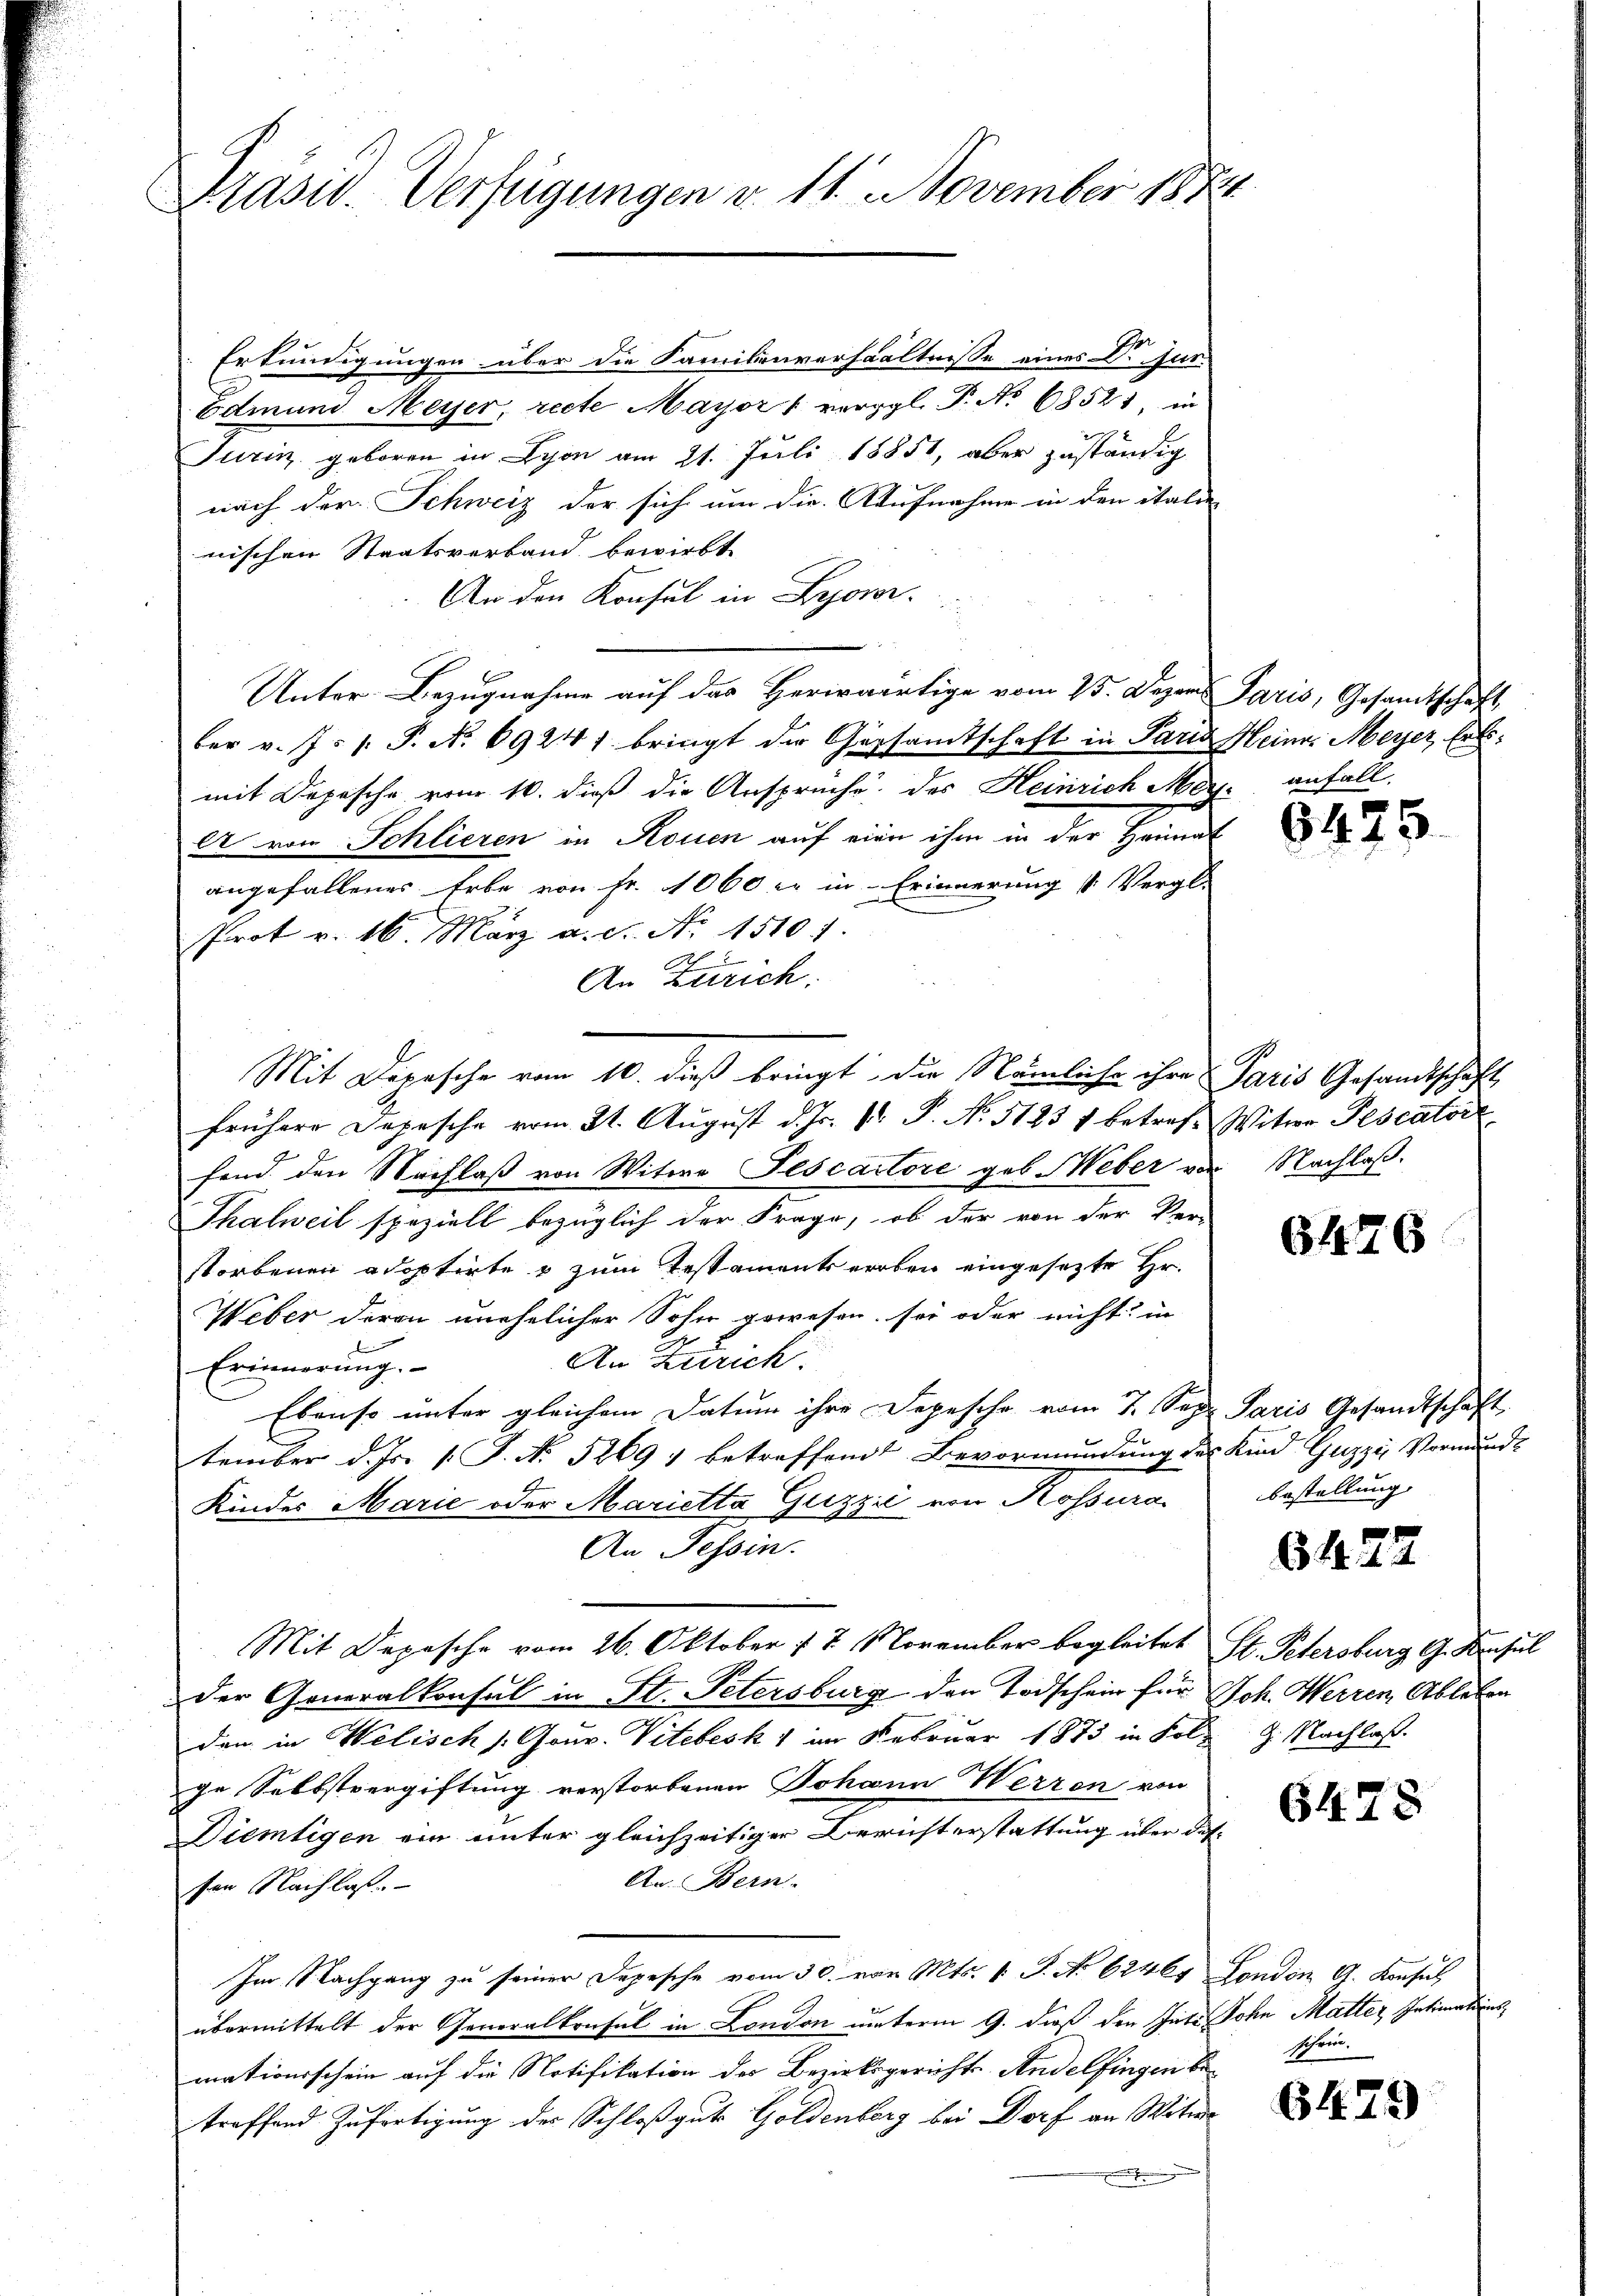
Präsid. Verfügungen d. 11. November 1874

Erkundigungen über die Familienverhältnisse eines Dr Gut-
Edmund Meyer, recte Mayor / vergl. P. No 68521, in
Turin geboren in Lyon am 21. Juli 18851, aber zuständig
nach der Schweiz der sich um die Aufnahme in den italie
nischen Staatsverband bewirkt
An den Konsul in Lyoner
Unter Bezugnahme auf das Herwärtige vom 25. Dezen Paris, Gesamtschaft,
ber v. J. 1. P. N. 69247 bringt der Gesamtschaft in Paris Heines Meyer Er
mit Depesche vom 10. dieß die Ansprüche, des Heinrich Meyl von Schlieren in Rouen auf eine ihm in der Heimat
angefallenes Erbe von Fr. 1000 l. in Erinnerung v. Vergle
Prot v. 16. März a. g. No. 15101.
An Zürich.
Mit Depesche vom 10. dieß bringt die Nämliche ihre Paris Gesandtschaft
frühere Depesche vom 21. August d. Js. pr. P. N. 5125 1 betref- Witwe Pescatore
fend den Nachlaß von Witwe Ilscactore geb. Weber von Nachlaß.
Thalweil speziell bezüglich der Frage, ob der von der Ver-
storbenen adoptirte & zum Testamentserben eingesezte Hr.
Weber deren unehelicher Sohn gewesen sei oder nicht in
An Zürich.
Erinnerung.
Ebenso unter gleichem Datum ihre Depesche vom 7. Sep. Paris Gesandtschaft
tember d. Js. 1. J. No. 52697 betreffend Bevormundung des Kind Guzzi Vormunde
Kinder Marie oder Marietta Gizzić von Rossura
An Tessin.
Mit Depesche vom 26. Oktober f 7 November begleitet St. Petersburg G. Konsul
Der Generalkonsul in St. Petersburg den Todschein für Joh. Werren, Ableben
den in Welisch s. Gouv. Vitebesk 1 im Februar 1873 in Folge Selbstvergiftung verstorbenen Johann Werren von
Diemtigen ein unter gleichzeitiger Berichterstattung über des
An. Bern.
sen Nachlaß.
Im Nachgang zu seiner Depesche vom 30. von Mts. v. J. No 6246. London G. Konsul
übermittelt der Generalkonsul in London unterm 9. dieß den Gute Sohn Matter Intimationsmationsschein auf die Notifikation des Bezirksgerichts- Andelfingen betreffend Zufertigung der Schloß gute Goldenberg bei Dorf an Witwe

anfall.

9475

6476

bestellung

8422

9. Nachlaß.

6478

schein.

6479